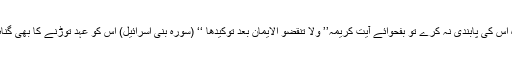
اگر وہ اس کی پابندی نہ کرے تو بفحوائے آیت کریمہ’’ ولا تنقضو الایمان بعد توکیدھا ‘‘ (سورۂ بنی اسرائیل) اس کو عہد توڑنے کا بھی گناہ ہوگا۔